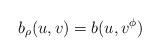
LaTeX: \begin{align*}b_{\rho}(u,v) = b(u,v^{\phi})\end{align*}